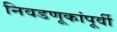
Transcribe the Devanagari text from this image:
निवडणूकांपूर्वी